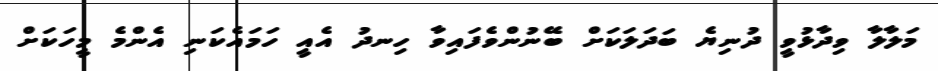
މަލާލާ ވިދާޅުވީ ދުނިޔެ ބަދަލަކަށް ބޭނުންވެފައިވާ ހިނދު އެއީ ހަމައެކަނި އެންމެ މީހަކަށް